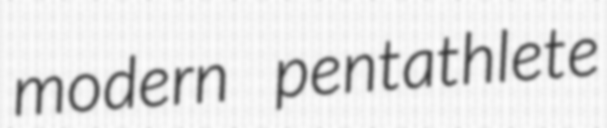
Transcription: modern pentathlete